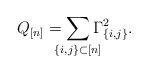
LaTeX: \begin{align*}Q_{[n]}=\smashoperator{\sum_{\{i,j\}\subset [n]}}\Gamma_{\{i,j\}}^{2}.\end{align*}